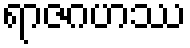
ရာဇဂဟဿ